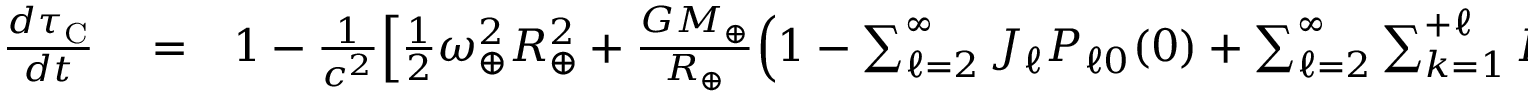
\begin{array} { r l r } { \frac { d \tau _ { \mathrm { C } } } { d t } } & { { } = } & { 1 - \frac { 1 } { c ^ { 2 } } \Big [ { \textstyle \frac { 1 } { 2 } } \omega _ { \oplus } ^ { 2 } R _ { \oplus } ^ { 2 } + \frac { G M _ { \oplus } } { R _ { \oplus } } \Big ( 1 - \sum _ { \ell = 2 } ^ { \infty } J _ { \ell } P _ { \ell 0 } ( 0 ) + \sum _ { \ell = 2 } ^ { \infty } \sum _ { k = 1 } ^ { + \ell } P _ { \ell k } ( 0 ) ( C _ { \ell k } \cos k \phi + S _ { \ell k } \sin k \phi ) \Big ) \Big ] . ~ ~ ~ ~ ~ } \end{array}